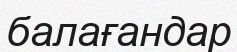
балағандар